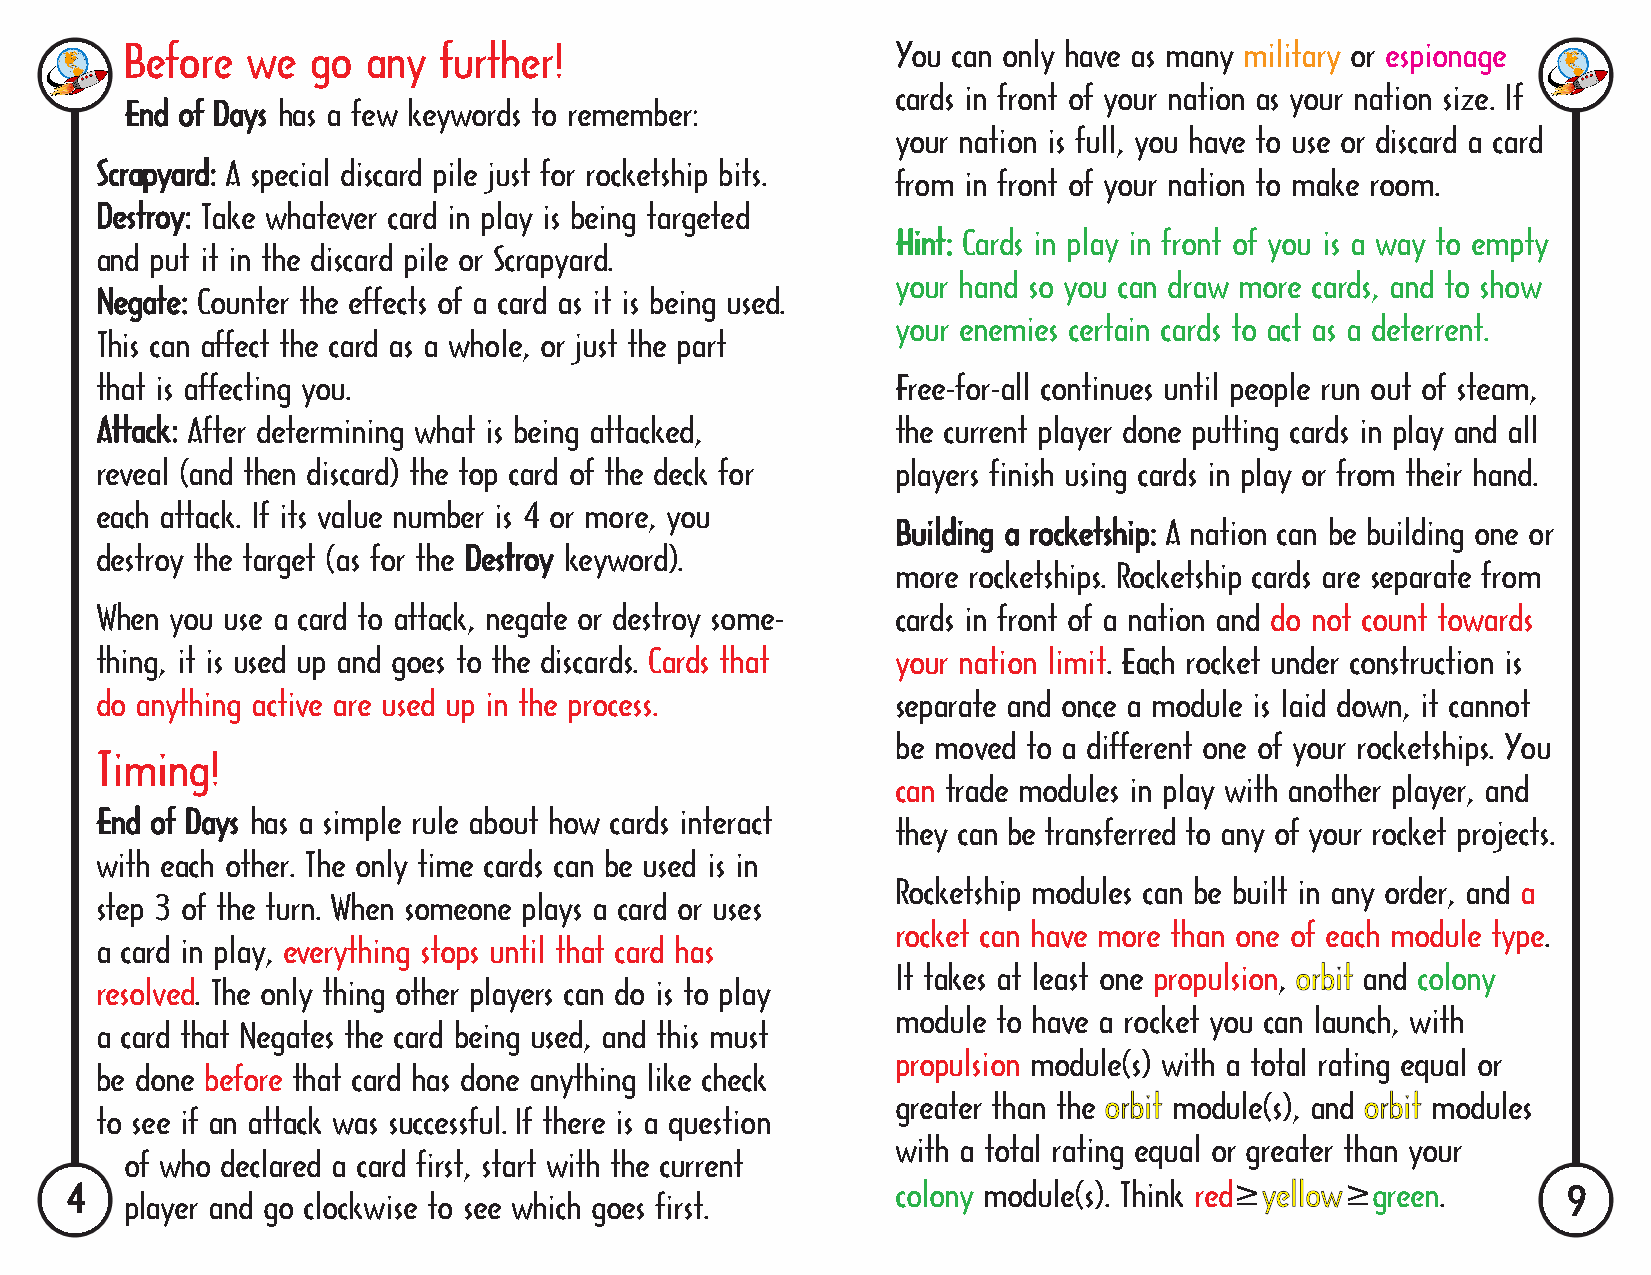
Before  we  go  any  further!                      You can only have as many military or espionage
 cards in front of your nation as your nation size. If
 EEnndd ooff DDaayyss has a few keywords to remember:
 your nation is full, you have to use or discard a card
 SSccrraappyyaarrdd:: A special discard pile just for rocketship bits.
 from in front of your nation to make room.
 DDeessttrrooyy:: Take whatever card in play is being targeted
 HHiinntt:: Cards in play in front of you is a way to empty
 and put it in the discard pile or Scrapyard.
 your hand so you can draw more cards, and to show
 NNeeggaattee:: Counter the effects of a card as it is being used.
 your enemies certain cards to act as a deterrent.
 This can affect the card as a whole, or just the part
 that is affecting you.                               Free-for-all continues until people run out of steam,
 AAttttaacckk:: After determining what is being attacked, the current player done putting cards in play and all
 reveal (and then discard) the top card of the deck for players finish using cards in play or from their hand.
 each attack. If its value number is 4 or more, you
 BBuuiillddiinngg aa rroocckkeettsshhiipp:: A nation can be building one or
 destroy the target (as for the DDeessttrrooyy keyword).
 more rocketships. Rocketship cards are separate from
 When you use a card to attack, negate or destroy some- cards in front of a nation and do not count towards
 thing, it is used up and goes to the discards. Cards that your nation limit. Each rocket under construction is
 do anything active are used up in the process.       separate and once a module is laid down, it cannot
 be moved to a different one of your rocketships. You
 Timing!
 can trade modules in play with another player, and
 EEnndd ooff DDaayyss has a simple rule about how cards interact
 they can be transferred to any of your rocket projects.
 with each other. The only time cards can be used is in
 Rocketship modules can be built in any order, and a
 step 3 of the turn. When someone plays a card or uses
 rocket can have more than one of each module type.
 a card in play, everything stops until that card has
 It takes at least one propulsion, and colony
 resolved. The only thing other players can do is to play
 module to have a rocket you can launch, with
 a card that Negates the card being used, and this must
 propulsion module(s) with a total rating equal or
 be done before that card has done anything like check
 greater than the   module(s), and   modules
 to see if an attack was successful. If there is a question
 with a total rating equal or greater than your
 of who declared a card first, start with the current
 44                                                     colony module(s). Think red≥  ≥green.        99
 player and go clockwise to see which goes first.